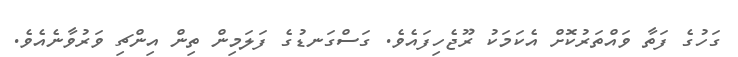
ގަހުގެ ފަތާ ވައްތަރުކޮށް އެކަމަކު ރޫޖެހިފައެވެ. ގަސްގަނޑުގެ ފަލަމިން ތިން އިންޗި ވަރުވާނެއެވެ.